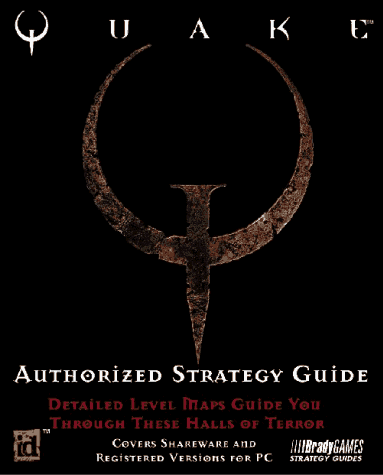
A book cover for Quake Authorized Strategy Guide (Official Strategy Guides); BradyGames; Children's Books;